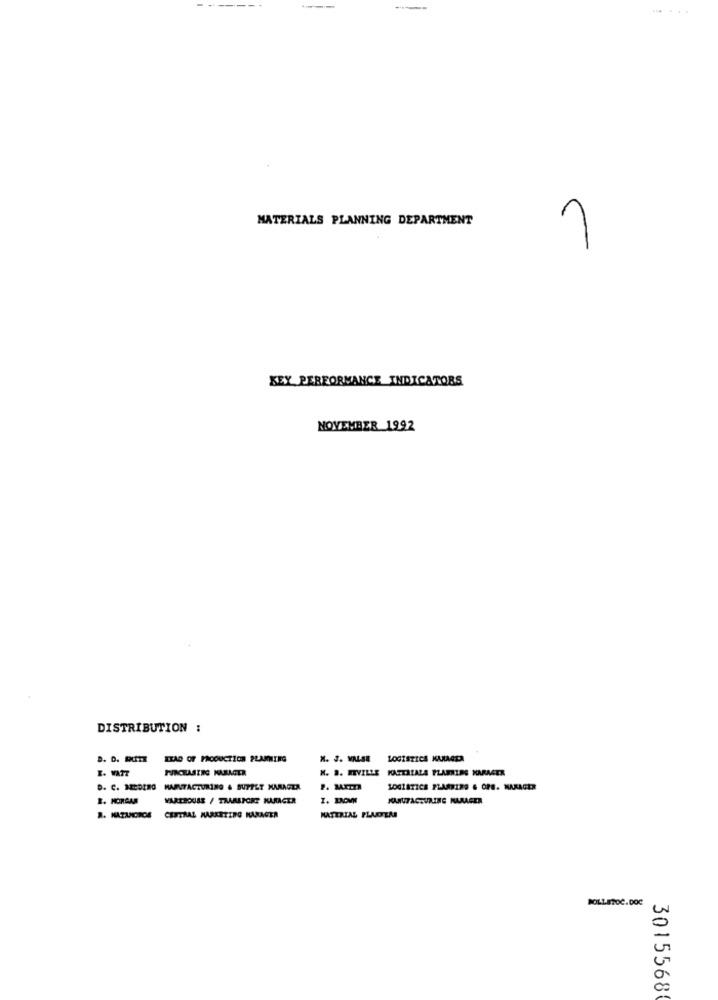
MATERIALS PLANNING DEPARTMENT
1
KEY PERFORMANCE INDICATORS
NOVEMBER 1992
DISTRIBUTION :
IBAD OF PRODUCTION PLANNING
N. J. VALSE
LOGISTICS KAMAGDA
E. WAIT
PURCHASING MANAGER
N. B. MIVILLE KATTALALA PLANNING HARMETR
D. C. NEEDING MAINTACTURING & SUTEET MARAGEA
S. MORGAN
VARTBOUSS / TRANSPORT MANAGER
I. BROWN
MANUFACTURING MAMAGER
CENTRAL MARKETING MANAGER
MATERIAL PLADER
BOLLETOC.DOC
3015568